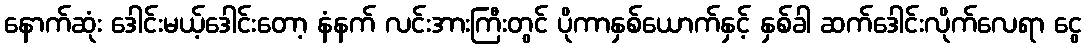
နောက်ဆုံး ဒေါင်းမယ့်ဒေါင်းတော့ နံနက် လင်းအားကြီးတွင် ပိုကာနှစ်ယောက်နှင့် နှစ်ခါ ဆက်ဒေါင်းလိုက်လေရာ ငွေ